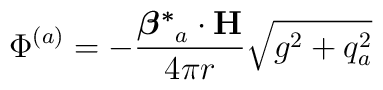
\Phi^{(a)}  =  - \frac{ {{\mbox{\boldmath$\beta^*$}}_a}\cdot {\bf H } }{4\pi r}\sqrt{g^2+q_a^2}